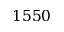
1 5 5 0